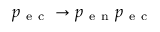
p _ { \mathrm { ~ e ~ c ~ } } \rightarrow p _ { \mathrm { ~ e ~ n ~ } } p _ { \mathrm { ~ e ~ c ~ } }